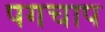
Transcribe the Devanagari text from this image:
पगचाप